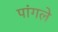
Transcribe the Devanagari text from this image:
पांगले